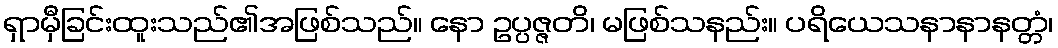
ရှာမှီခြင်းထူးသည်၏အဖြစ်သည်။ နော ဥပ္ပဇ္ဇတိ၊ မဖြစ်သနည်း။ ပရိယေသနာနာနတ္တံ၊